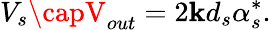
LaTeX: V_{s}\capV_{out}=2\mathbf{k}d_{s}\alpha_{s}^{*}.